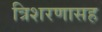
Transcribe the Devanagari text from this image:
त्रिशरणासह